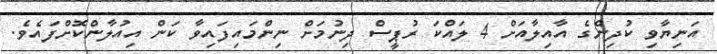
އަނިޔާވި ކުދިންގެ އާއިލާއަށް 4 ލައްކަ ރުޕީސް ދިނުމަށް ނިންމައިފައިވާ ކަން އިއުލާންކޮށްފައެވެ.